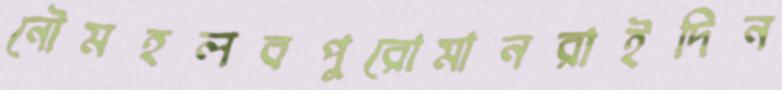
নৌমহলবপুরোমানরাইদিন